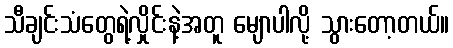
သီချင်းသံတွေရဲ့လှိုင်းနဲ့အတူ မျောပါလို့ သွားတော့တယ်။